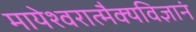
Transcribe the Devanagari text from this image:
मायेश्वरात्मैक्यविज्ञानं